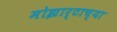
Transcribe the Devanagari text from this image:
मोझार्टाच्या